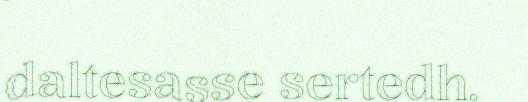
daltesasse sertedh.